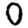
Digit: 0